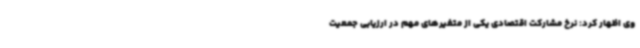
وی اظهار کرد: نرخ مشارکت اقتصادی یکی از متغیرهای مهم در ارزیابی جمعیت